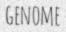
GENOME